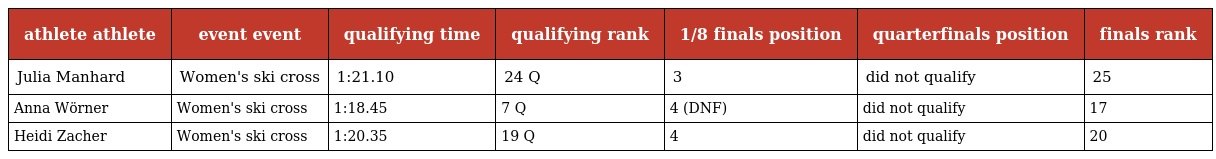
| athlete athlete | event event | qualifying time | qualifying rank | 1/8 finals position | quarterfinals position | finals rank |
 | --- | --- | --- | --- | --- | --- | --- |
 | Julia Manhard | Women's ski cross | 1:21.10 | 24 Q | 3 | did not qualify | 25 |
 | Anna Wörner | Women's ski cross | 1:18.45 | 7 Q | 4 (DNF) | did not qualify | 17 |
 | Heidi Zacher | Women's ski cross | 1:20.35 | 19 Q | 4 | did not qualify | 20 |